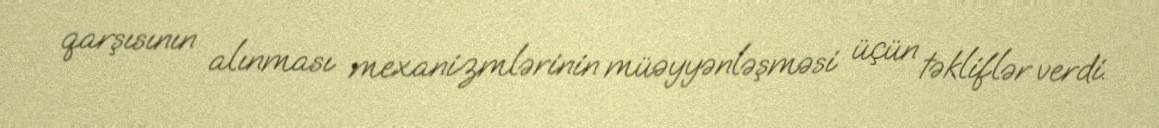
qarşısının alınması mexanizmlərinin müəyyənləşməsi üçün təkliflər verdi.